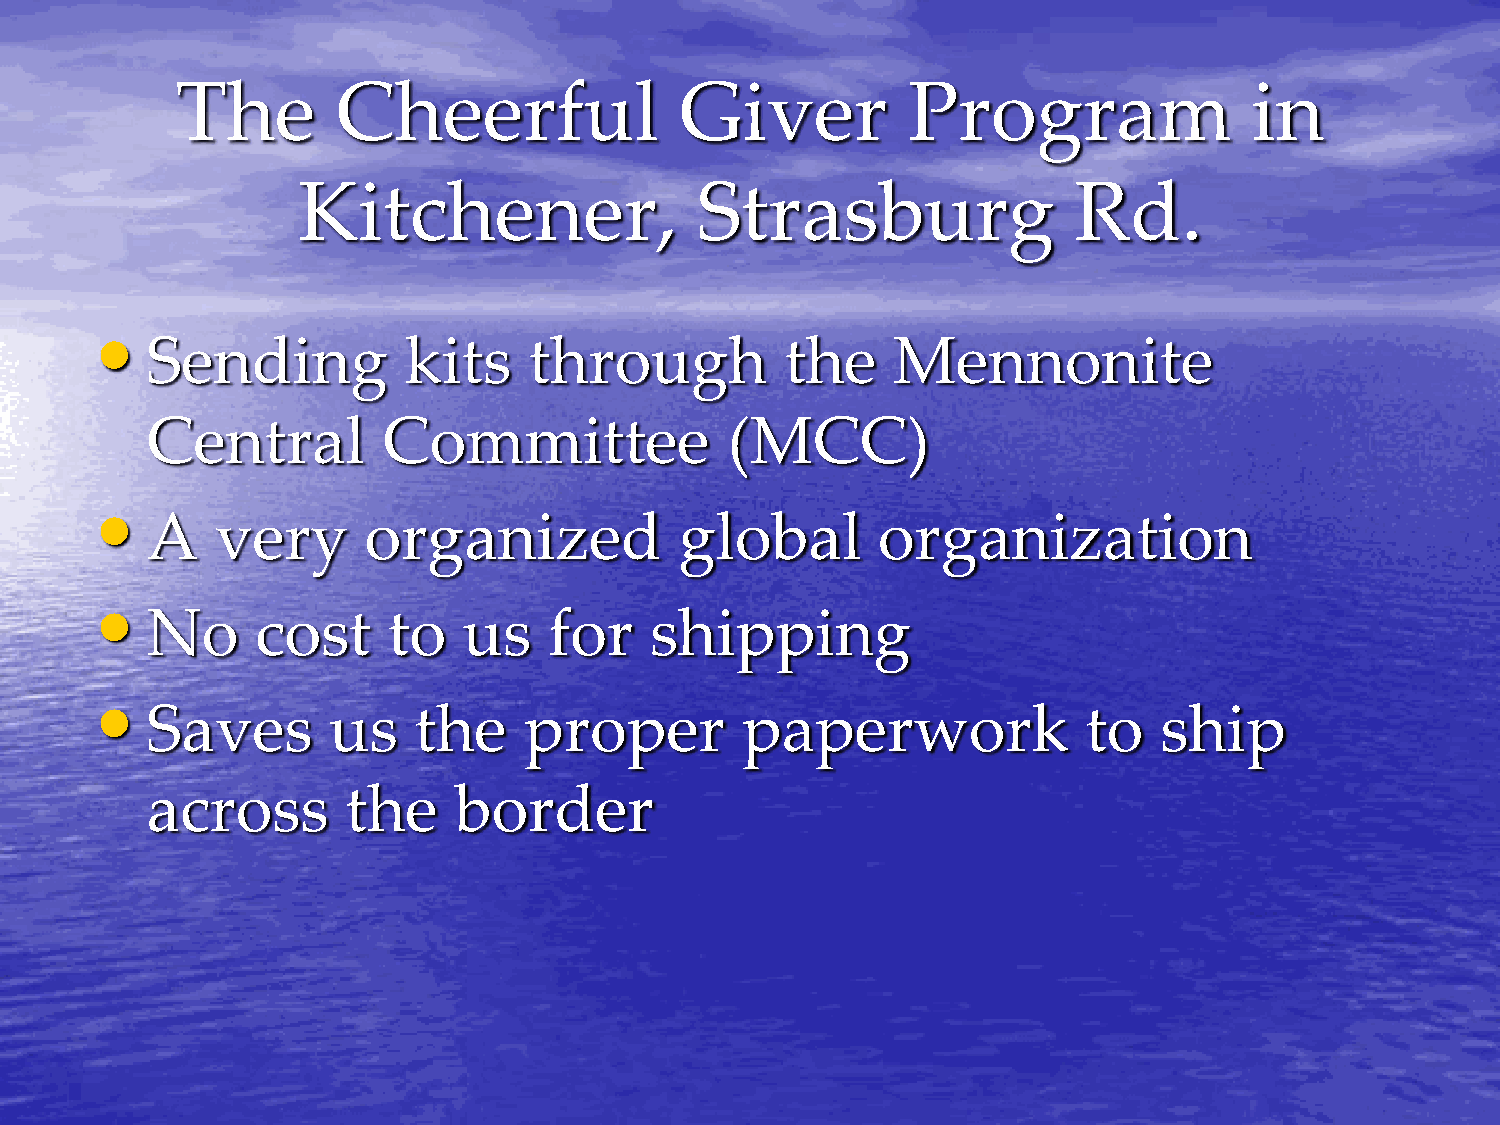
The       Cheerful               Giver          Program                in
 Kitchener,                Strasburg                Rd.
 •
 Sending          kits    through          the    Mennonite
 Central        Committee              (MCC)
 •
 A   very      organized            global       organization
 •
 No     cost     to   us   for    shipping
 •
 Saves       us   the     proper        paperwork              to   ship
 across       the    border